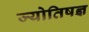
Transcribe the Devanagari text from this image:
ज्योतिषज्ञ